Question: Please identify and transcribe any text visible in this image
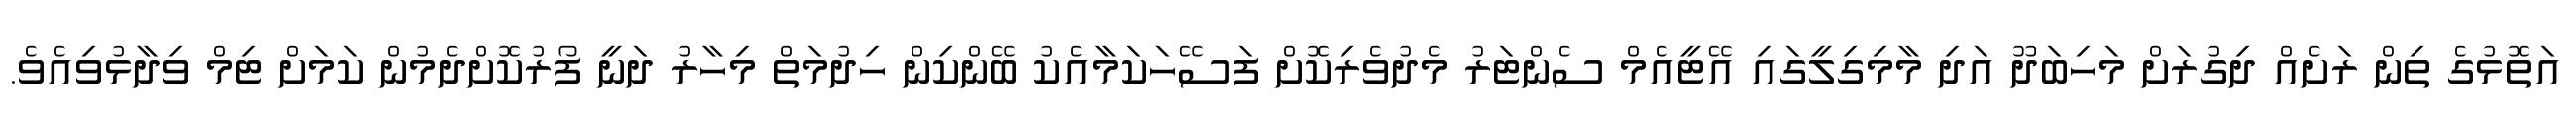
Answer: އަތޮޅުގެ ތިން ރަށެއް ދިގުރަށް މަހިބަދޫ އަދި މާމިގިލީގައި އޭޓީއެމް ސެންޓަރު މެދުވެރިކޮށް ފަސޭހަކަމާއެކު ބޭންކިން ހިދުމަތް މިހާރު ދަނީ ފޯރުކޮށްދެމުން ކަމަށް ޓިމް ވިދާޅުވިއެވެ.